Source: Handwritten
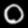
Digit: ၀ (0)